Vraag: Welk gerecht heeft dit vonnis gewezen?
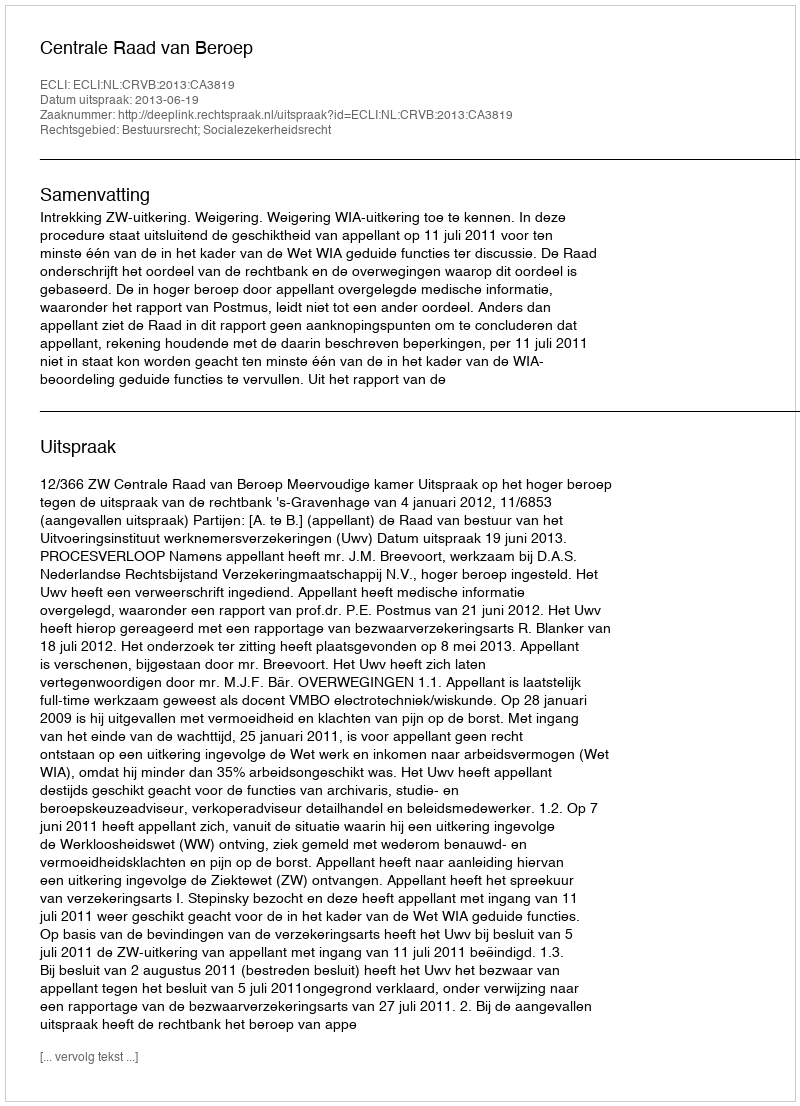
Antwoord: Centrale Raad van Beroep